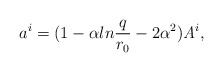
\begin{align*}a^i=(1-\alpha ln{q\over{r_0}}-2\alpha^2){\it A}^i,\end{align*}